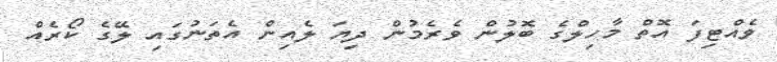
ވެއްޓިފަ އޮތް މާހިލްގެ ބޮލުން ވެރެމުން ދިޔަ ލެއިން އެތަނުގައި ލޭގެ ކޯރެއް